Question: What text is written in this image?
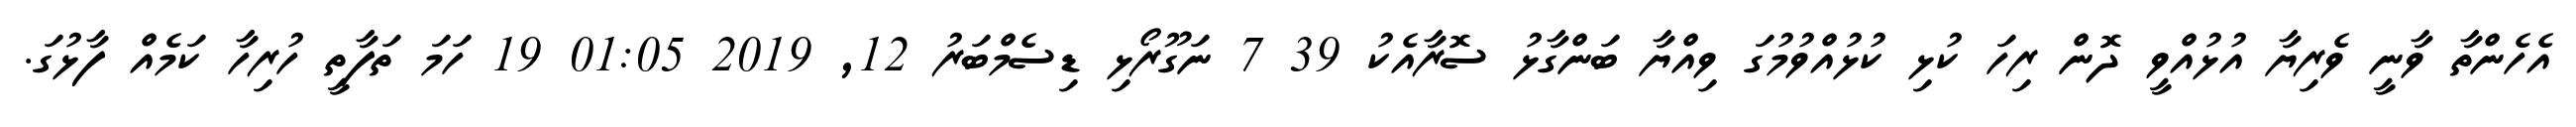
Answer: އެހެންތާ ވާނީ ވެރިޔާ އުޅުއްވީ ދޮން ރިހަ ކުޅި ކުޅުއްވުމުގަ ވިއްޔާ ބަންގާޅު ސޮރާއެކު 39 7 ނަގޫރޯޅި ޑިސެމްބަރު 12, 2019 01:05 19 ހަމަ ތަފާތީ ހުރިހާ ކަމެއް ފާޅުގަ.